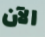
الآن